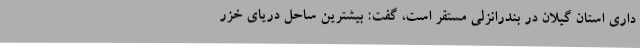
داری استان گیلان در بندرانزلی مستقر است، گفت: بیشترین ساحل دریای خزر